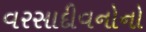
વરસાદીવનોનો